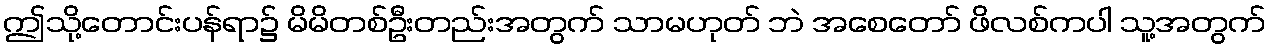
ဤသို့တောင်းပန်ရာ၌ မိမိတစ်ဦးတည်းအတွက် သာမဟုတ် ဘဲ အစေတော် ဖိလစ်ကပါ သူ့အတွက်